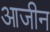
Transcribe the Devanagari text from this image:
आजीन